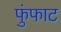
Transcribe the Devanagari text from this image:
फुंफाट